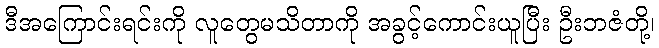
ဒီအကြောင်းရင်းကို လူတွေမသိတာကို အခွင့်ကောင်းယူပြီး ဦးဘဇံတို့၊